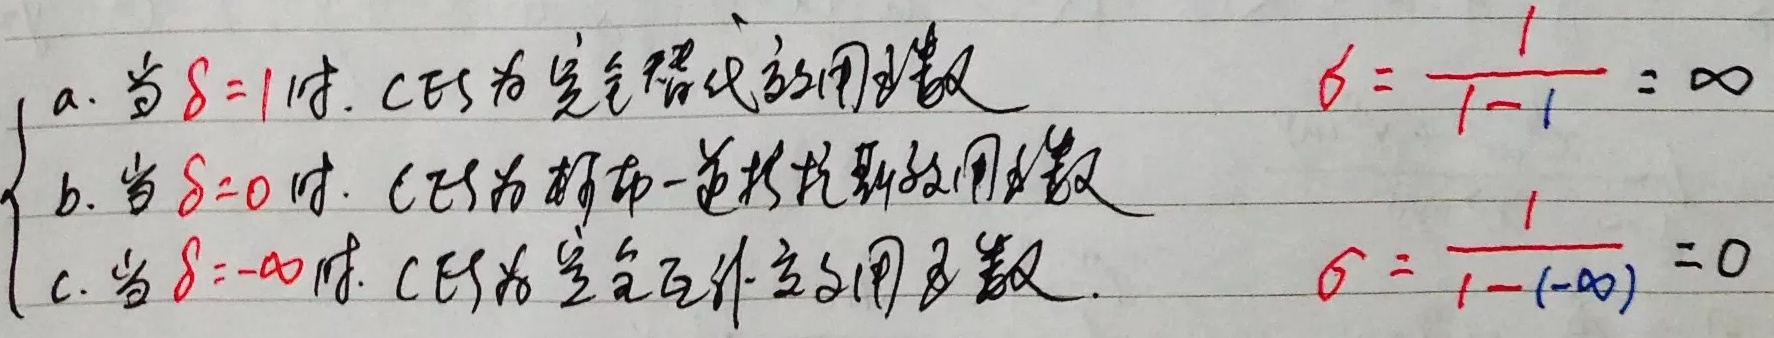
a. 当$\delta = 1$时. CES为完全替代效用函数 $\quad \sigma=\frac{1}{1 - 1}=\infty$
b. 当$\delta = 0$时. CES为柯布 - 道格拉斯效用函数
c. 当$\delta = -\infty$时. CES为完全互补效用函数. $\quad \sigma=\frac{1}{1-(-\infty)} = 0$